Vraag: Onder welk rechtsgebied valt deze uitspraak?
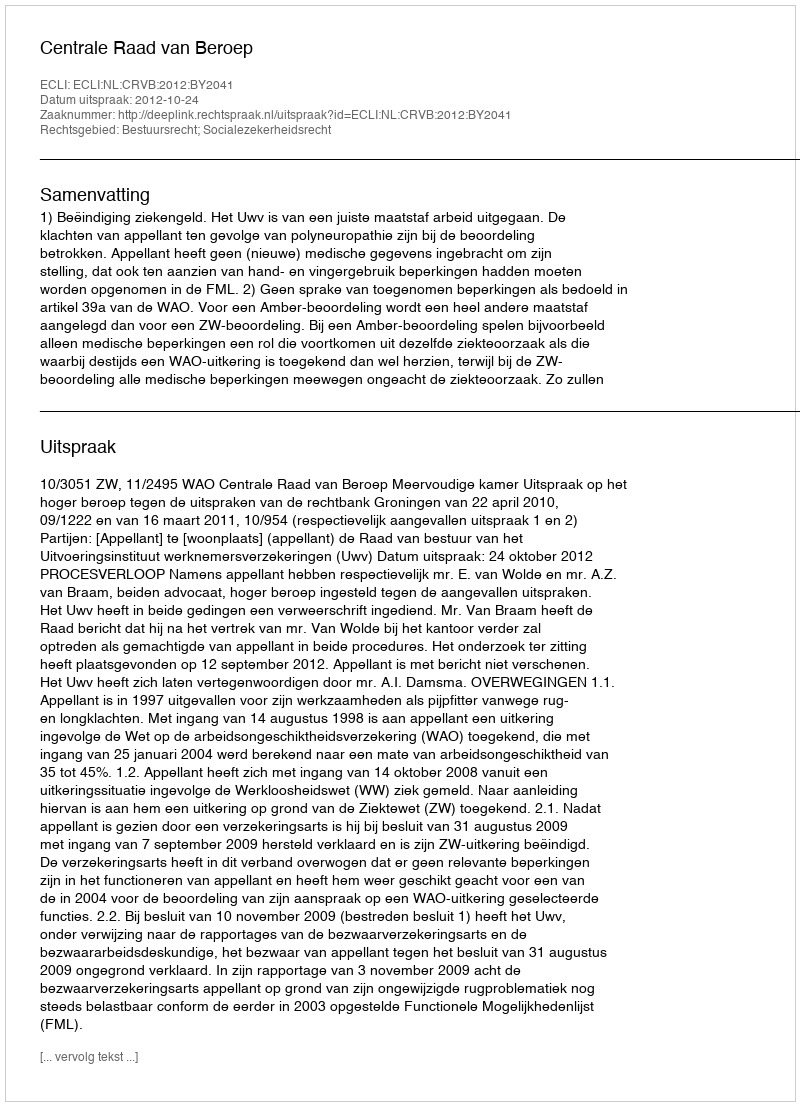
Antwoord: Bestuursrecht; Socialezekerheidsrecht